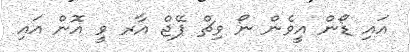
އައި ޑޯން އީވެން ނޯ ވިޗް ޕޭޖް އާރ ވީ އޮން އައި